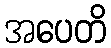
အပေတိ